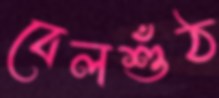
বেলশুঁঠ